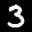
Label: 3